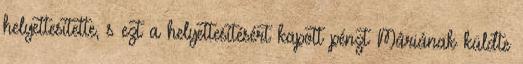
helyettesítette, s ezt a helyettesítésért kapott pénzt Máriának küldte